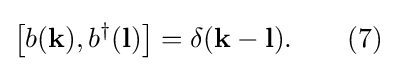
\left[b(\mathbf {k} ),b^{\dagger }(\mathbf {l} )\right]=\delta (\mathbf {k} -\mathbf {l} ).\quad \quad (7)